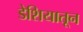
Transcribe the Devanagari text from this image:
डेशियातून